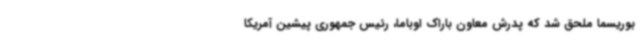
بوریسما ملحق شد که پدرش معاون باراک اوباما، رئیس جمهوری پیشین آمریکا